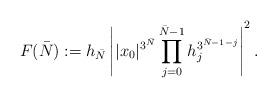
LaTeX: \begin{align*}F(\bar N) : = h_{\bar N} \left| |x_0|^{{3}^{\bar N}}\prod_{j=0}^{\bar N-1} h_{j}^{{3}^{\bar N-1-j}}\right|^2.\end{align*}